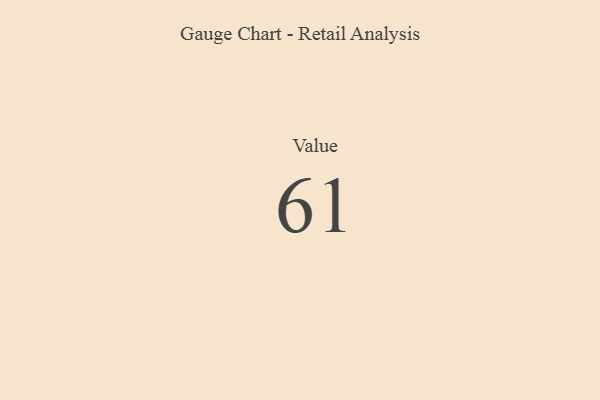
{"axis": {"x": "Metric", "y": "Value"}, "legend": [""], "data": [{"x": "Value", "y": 61, "type": ""}]}